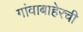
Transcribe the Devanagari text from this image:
गांवाबाहेरची